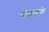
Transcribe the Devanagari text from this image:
पाठकके